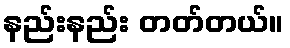
နည်းနည်း တတ်တယ်။